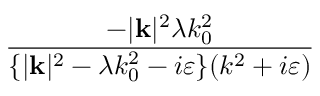
\frac { - | \mathbf { k } | ^ { 2 } \lambda k _ { 0 } ^ { 2 } } { \{ | \mathbf { k } | ^ { 2 } - \lambda k _ { 0 } ^ { 2 } - i \varepsilon \} ( k ^ { 2 } + i \varepsilon ) }